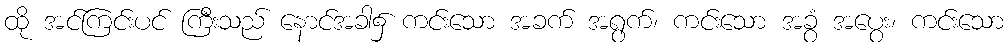
ထို အင်ကြင်းပင် ကြီးသည် နောင်အခါ၌ ကင်းသော အခက် အရွက်၊ ကင်းသော အခွံ အပွေး၊ ကင်းသော